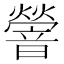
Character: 䪯